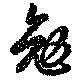
勉